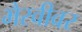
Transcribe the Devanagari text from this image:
भैरवीवर